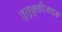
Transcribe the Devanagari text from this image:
तूतुकुडीजवळ